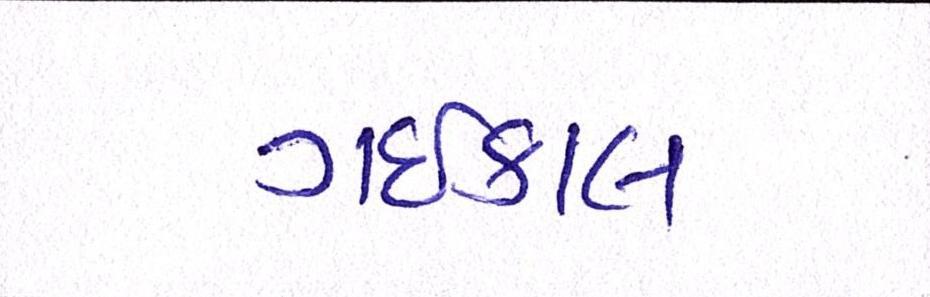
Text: ગઇકાલ